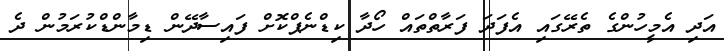
އަދި އެމީހުންގެ ތެރޭގައި އެފަދަ ފަރާތްތައް ހޯދާ ކިޑްނެޕްކޮށް ފައިސާދޭން ޑިމާންޑްކުރަމުން ދެ